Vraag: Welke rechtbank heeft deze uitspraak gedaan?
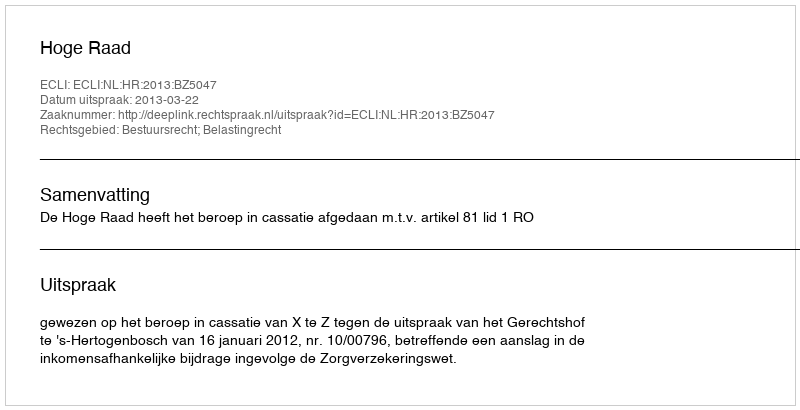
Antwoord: Hoge Raad